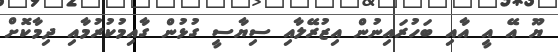
ޔޫ އޭ އީ އާއި ބަހުރައިނުން އިޒުރޭލާއި ސިޔާސީ ގުޅުން ގާއިމުކުރުމާއި ދިމާކޮށް